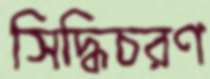
সিদ্ধিচরণ